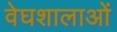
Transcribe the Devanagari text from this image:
वेघशालाओं